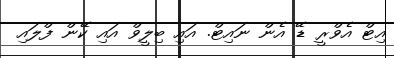
އިޓް އެވްރީ ޑޭ އެން ނައިޓް. އައި ބިލީވް އައި ކޭން ފްލައި